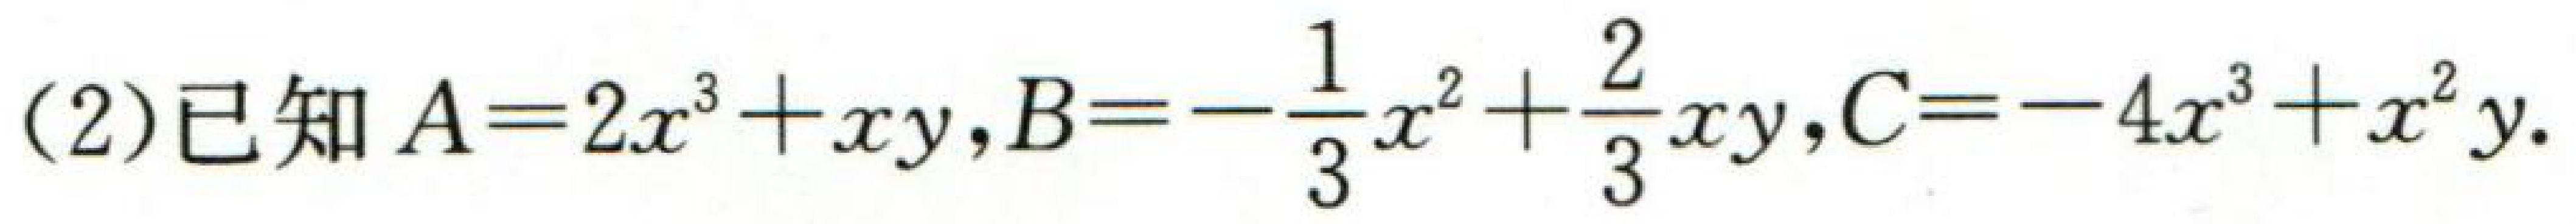
(2) 已知$A = 2x^{3}+xy$,$B = -\frac{1}{3}x^{2}+\frac{2}{3}xy$,$C = - 4x^{3}+x^{2}y$.